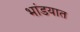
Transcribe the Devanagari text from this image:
भांडयात